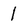
Character: 1